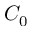
C _ { 0 }